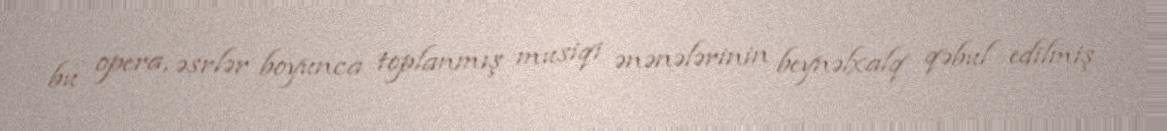
bu opera, əsrlər boyunca toplanmış musiqi ənənələrinin beynəlxalq qəbul edilmiş